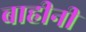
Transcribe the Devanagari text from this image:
बाहीनी